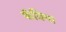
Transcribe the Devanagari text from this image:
फॅबिया